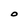
Character: O